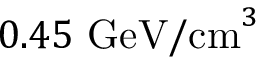
0 . 4 5 \mathrm { \ G e V / c m } ^ { 3 }